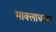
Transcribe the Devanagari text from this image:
माक्लाचलन